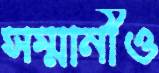
সম্মানীও